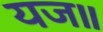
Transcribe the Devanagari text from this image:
यज॥